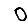
Digit: 0